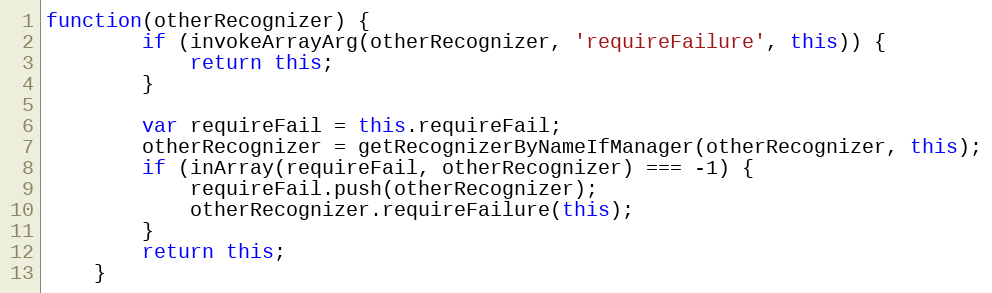
Language: JavaScript
function(otherRecognizer) {
        if (invokeArrayArg(otherRecognizer, 'requireFailure', this)) {
            return this;
        }

        var requireFail = this.requireFail;
        otherRecognizer = getRecognizerByNameIfManager(otherRecognizer, this);
        if (inArray(requireFail, otherRecognizer) === -1) {
            requireFail.push(otherRecognizer);
            otherRecognizer.requireFailure(this);
        }
        return this;
    }